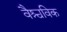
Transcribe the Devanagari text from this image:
वैश्चविक